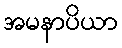
အမနာပိယာ